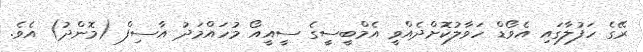
ރޭގެ ހަފުލާގައި އެވޯޑް ހަވާލުކޮށްދެއްވީ އެމްބީސީގެ ސީއީއޯ މުހައްމަދު އާސިފް (މޮންދު) އެވެ.